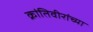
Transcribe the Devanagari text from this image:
क्रांतिवीरांच्या